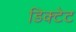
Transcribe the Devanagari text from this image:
डिक्टेट